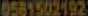
0581502192